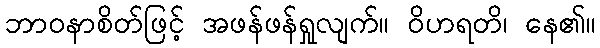
ဘာဝနာစိတ်ဖြင့် အဖန်ဖန်ရှုလျက်။ ဝိဟရတိ၊ နေ၏။